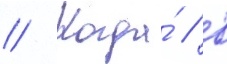
// Когда́ / в